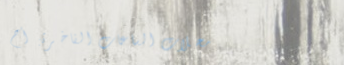
محلات الساعات الفاخرة: أح